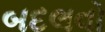
બદલવો